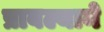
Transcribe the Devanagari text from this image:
प्राबल्याने